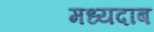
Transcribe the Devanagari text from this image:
मध्यदाब